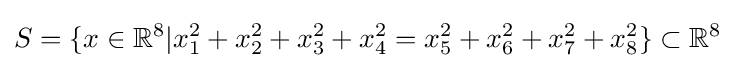
S=\{x\in \mathbb {R} ^{8}|x_{1}^{2}+x_{2}^{2}+x_{3}^{2}+x_{4}^{2}=x_{5}^{2}+x_{6}^{2}+x_{7}^{2}+x_{8}^{2}\}\subset \mathbb {R} ^{8}